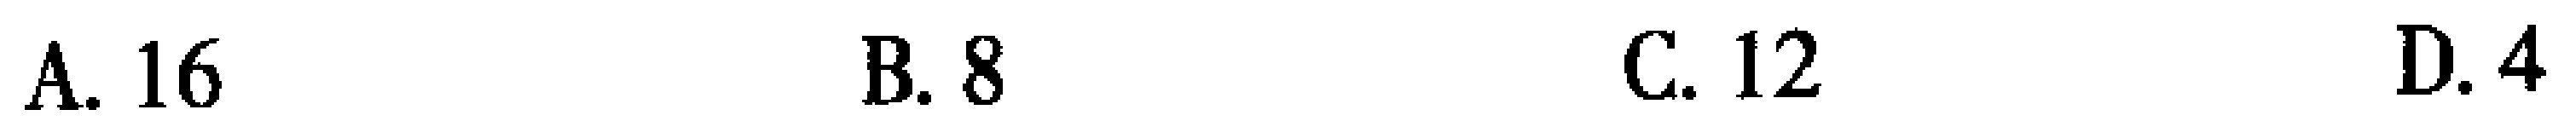
A. 16  B. 8  C. 12  D. 4